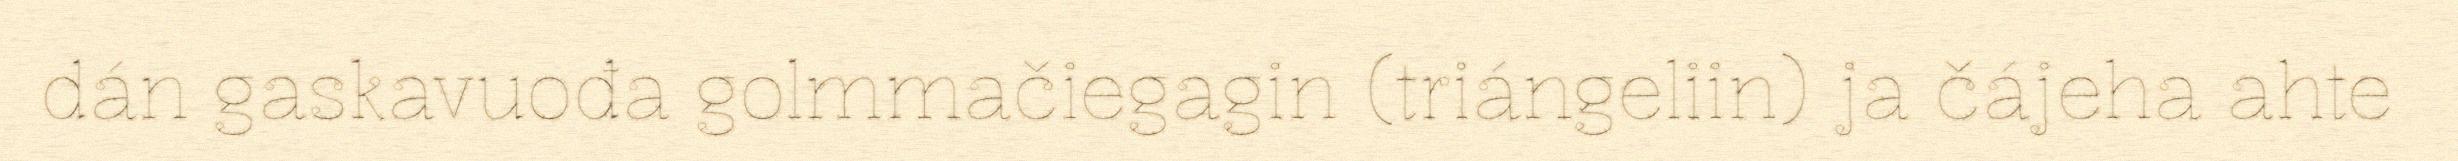
dán gaskavuođa golmmačiegagin (triángeliin) ja čájeha ahte